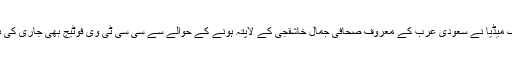
ترک میڈیا نے سعودی عرب کے معروف صحافی جمال خاشقجی کے لاپتہ ہونے کے حوالے سے سی سی ٹی وی فوٹیج بھی جاری کی ہے۔